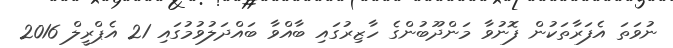
ނުވަތަ އެފަރާތަކުން ފޮނުވާ މަންދޫބުންގެ ހާޒިރުގައި ބާއްވާ ބައްދަލުވުމުގައި 21 އެޕްރީލް 2016